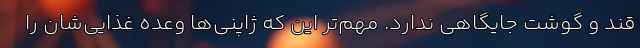
قند و گوشت جایگاهی ندارد. مهم‌تر این که ژاپنی‌ها وعده غذایی‌شان را